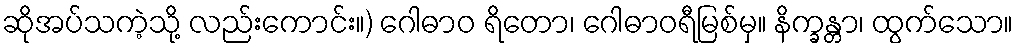
ဆိုအပ်သကဲ့သို့ လည်းကောင်း။) ဂေါဓာဝ ရိတော၊ ဂေါဓာဝရီမြစ်မှ။ နိက္ခန္တာ၊ ထွက်သော။